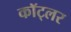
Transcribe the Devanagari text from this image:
कॉट्लर